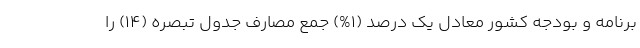
برنامه و بودجه کشور معادل یک درصد (۱%) جمع مصارف جدول تبصره (۱۴) را